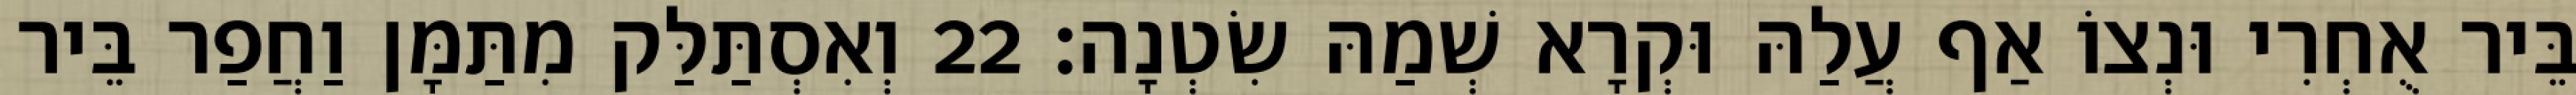
בֵּיר אֻחְרִי וּנְצוֹ אַף עֲלַהּ וּקְרָא שְׁמַהּ שִׂטְנָה׃ 22 וְאִסְתַּלַּק מִתַּמָּן וַחֲפַר בֵּיר